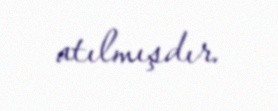
atılmışdır.